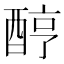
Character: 𨠺